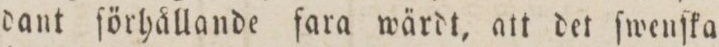
dant ſörhållande fara wärdt, att det ſwenſka